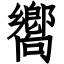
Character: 嚮